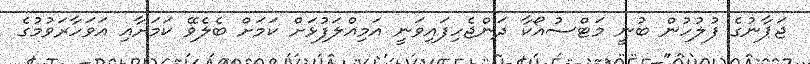
ޖަޕާނުގެ ފުލުހުން ބުނީ މަޓްސުއޯކާ ދަންޖެހިފައިވަނީ އަމިއްލަފުޅަށް ކަމަށް ބެލެވޭ ކަމަށާއި އަވަހާރަވުމުގެ